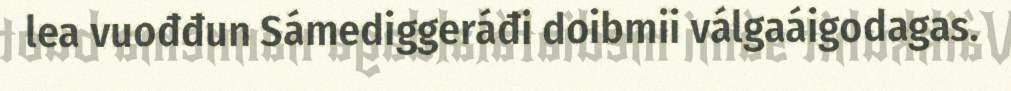
lea vuođđun Sámediggeráđi doibmii válgaáigodagas.